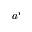
a ^ { i }